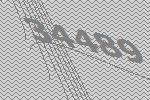
34489